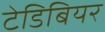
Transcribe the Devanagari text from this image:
टेडिबियर